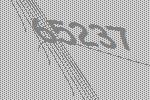
65237